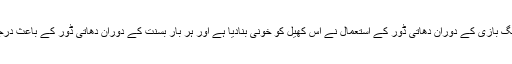
کراچی (جی پی آئی) بسنت کو ہمارے ملک میں بہت پذیرائی ملی مگر بسنت میں پتنگ بازی کے دوران دھاتی ڈور کے استعمال نے اس کھیل کو خونی بنادیا ہے اور ہر بار بسنت کے دوران دھاتی ڈور کے باعث درجنوں ہلاکتوں کے واقعات بسنت پر پابندی کے مطالبات کو جنم دینے کا باعث بنے ۔